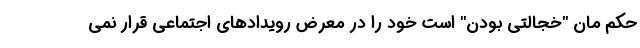
حکم مان "خجالتی بودن" است خود را در معرض رویدادهای اجتماعی قرار نمی